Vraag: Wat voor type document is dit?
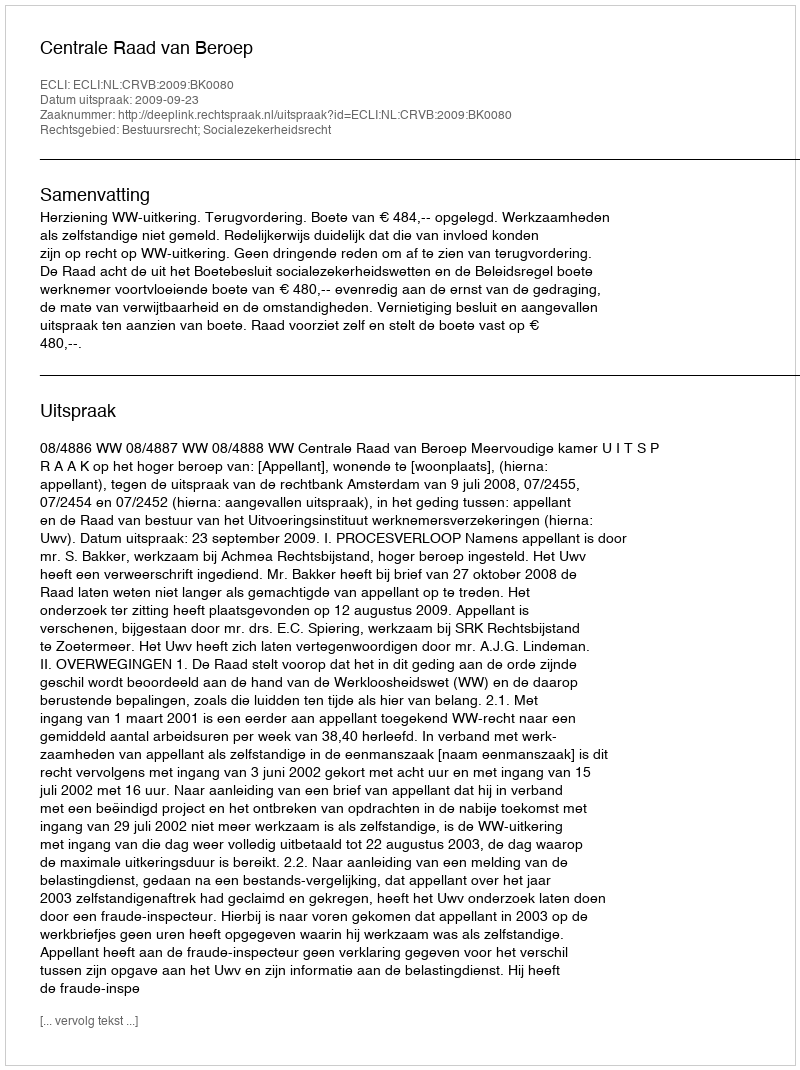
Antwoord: Uitspraak